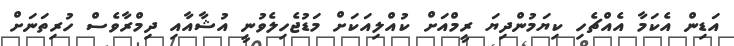
އަޑިން އެކަމާ އެއްޗެހި ކިޔަމުންދިޔަ ރީމްއަށް ކުއްލިއަކަށް މަޑުޖެހިލެވުނީ އުޝާއާއި ދިމްރާވެސް ހުރިތަނަށް